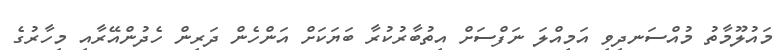
މައުލޫމާތު މުއްސަނދިވި އަމިއްލަ ނަފްސަށް އިތުބާރުކުރާ ބަޔަކަށް އަންހެން ދަރިން ހެދުންއޭރާއި މިހާރުގެ